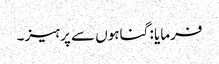
فرمایا : گناہوں سے پرہیز ۔